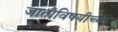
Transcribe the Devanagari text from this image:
जातीविषयीच्या